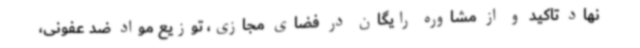
نهاد تاکید و از مشاوره رایگان در فضای مجازی، توزیع مواد ضد عفونی،